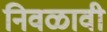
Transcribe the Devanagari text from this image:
निवळावी